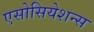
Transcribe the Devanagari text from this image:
एसोसियेशन्स